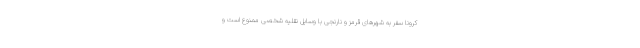
کرونا سفر به شهرهای قرمز و نارنجی با وسایل نقلیه شخصی ممنوع است و